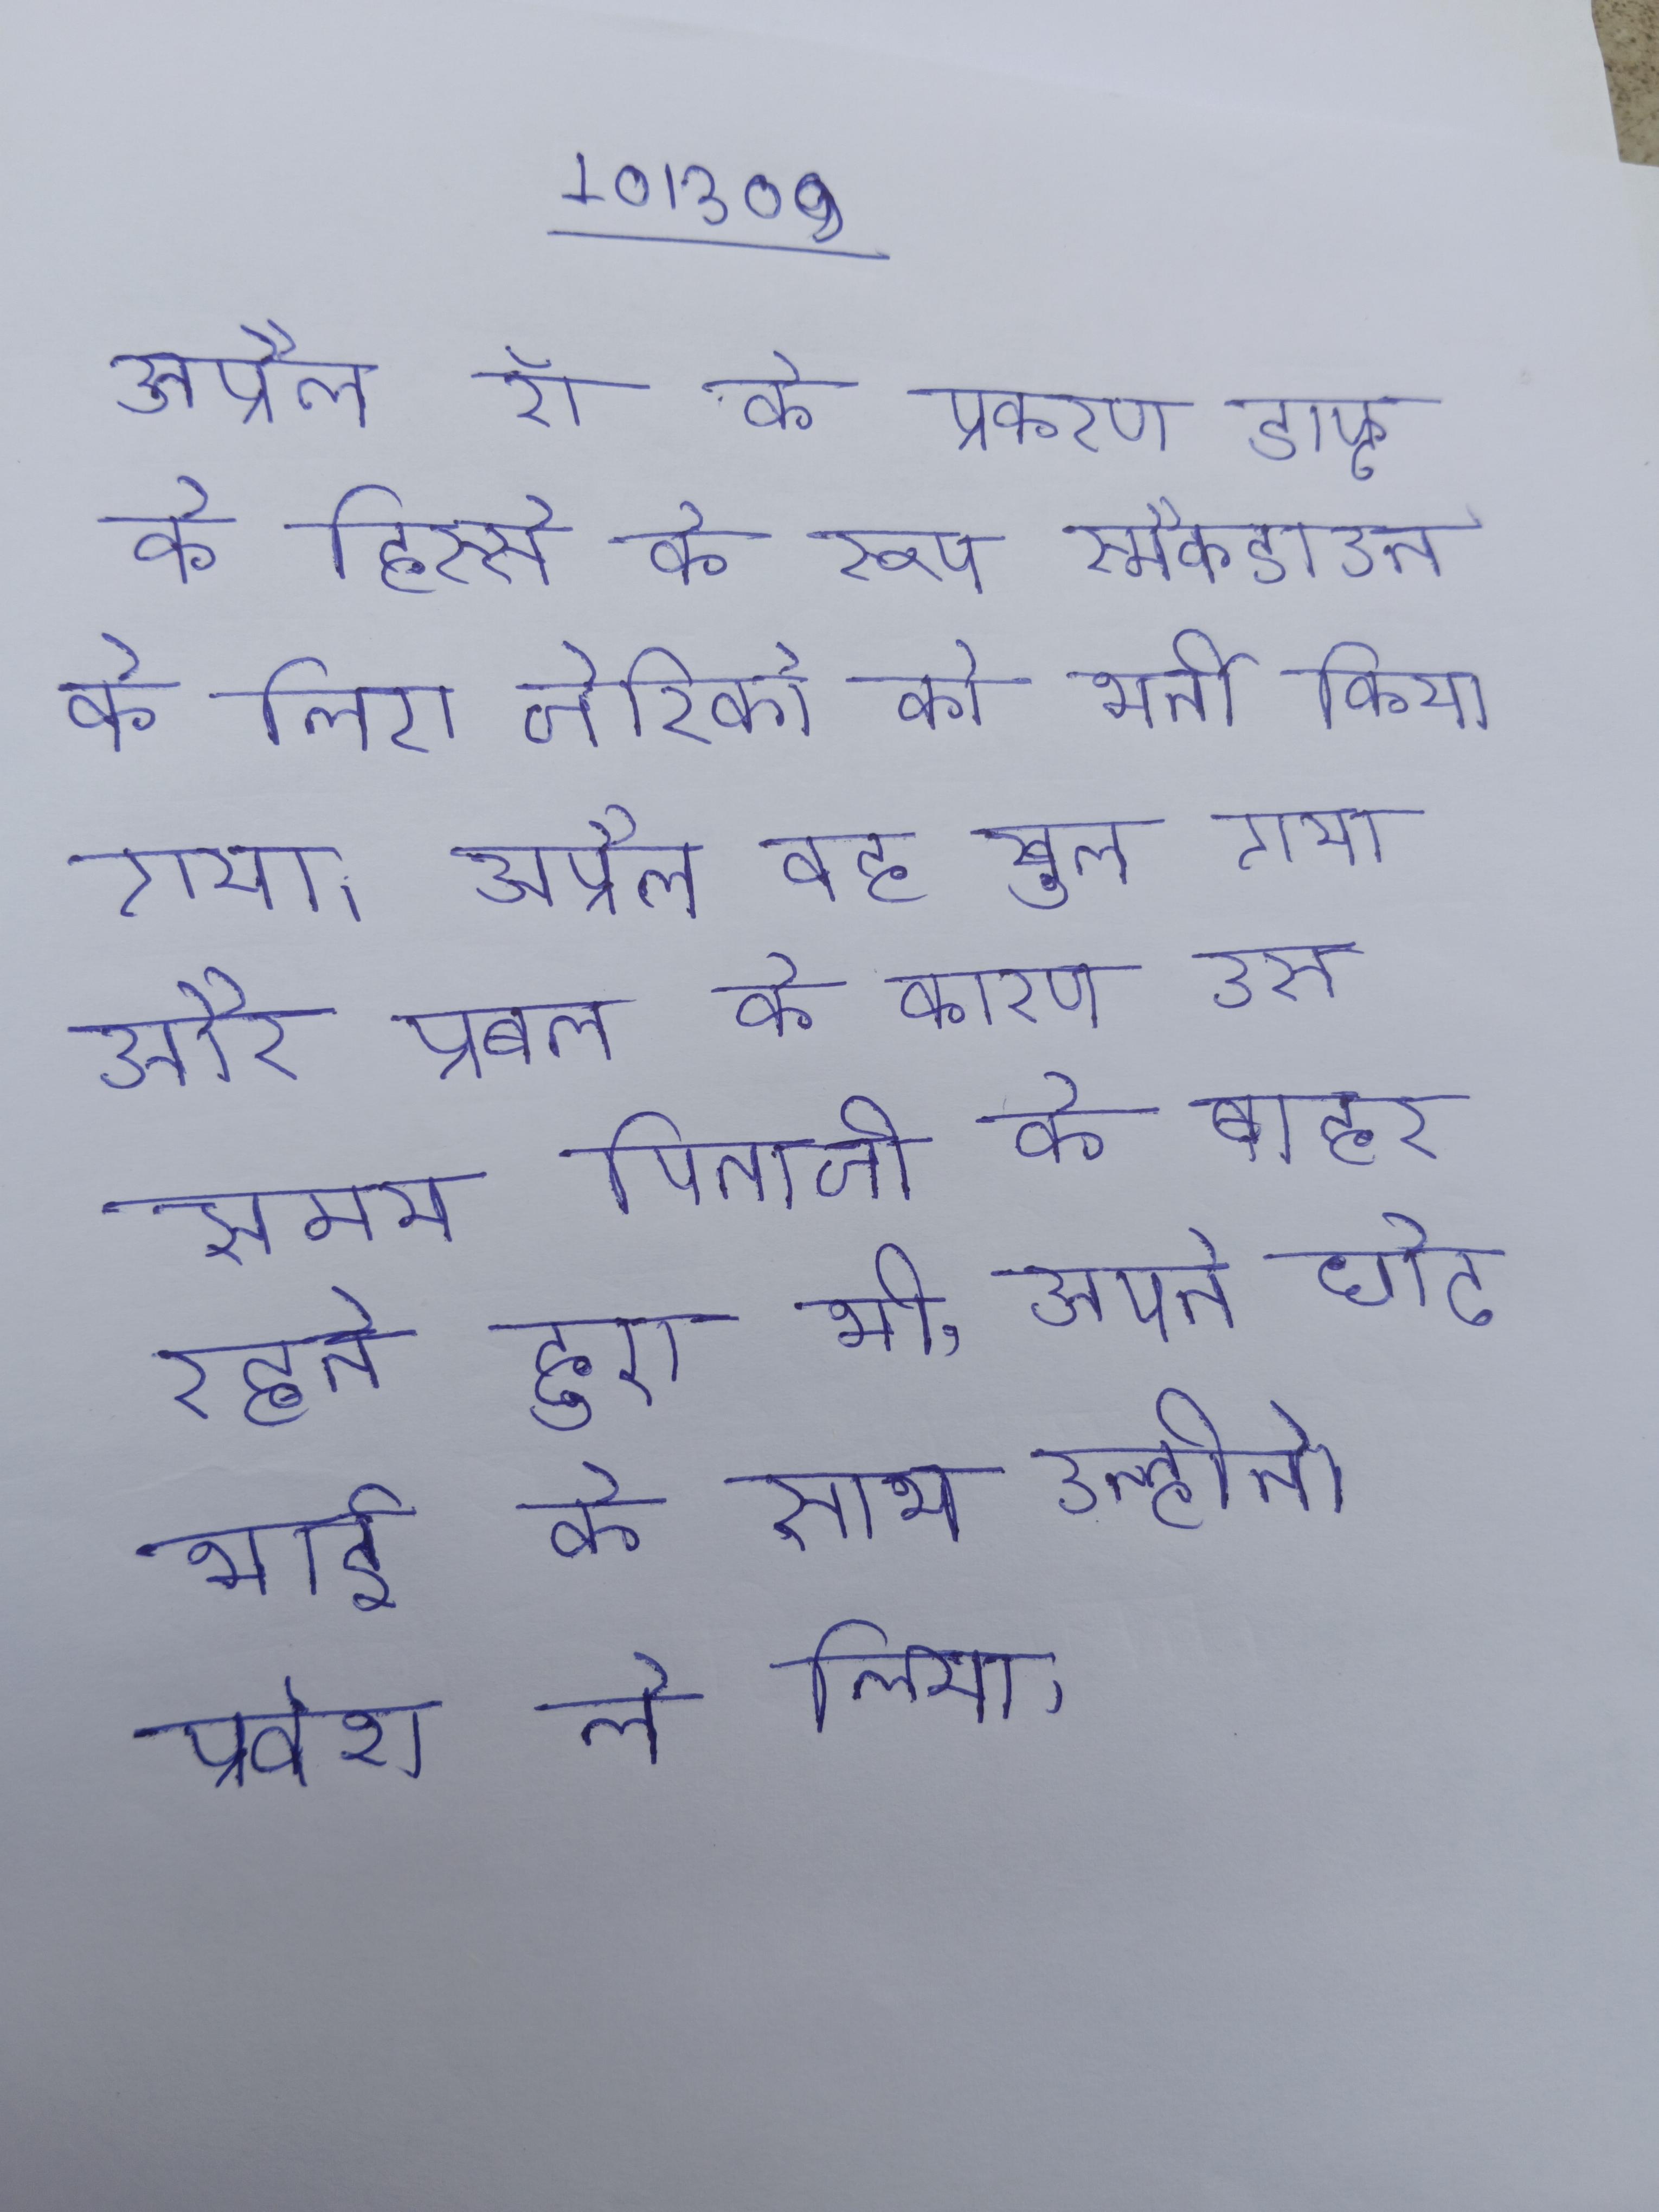
अप्रैल रॉ के प्रकरण ड्राफ्ट के हिस्से के रूप स्मैकडाउन के लिए जेरिको को भर्ती किया गया । अप्रैल वह खुल गया और प्रबल के कारण, उस समय पिताजी के बाहर रहते हुए भी, अपने छोटे भाई के साथ उन्होने प्रवेश ले लिया ।